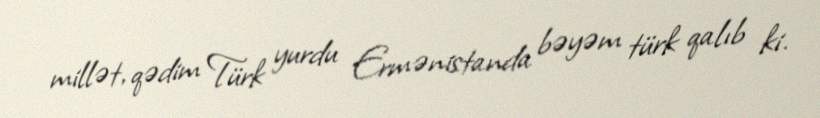
millət, qədim Türk yurdu Ermənistanda bəyəm türk qalıb ki.